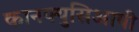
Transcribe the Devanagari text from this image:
कानफ्युसिआयी